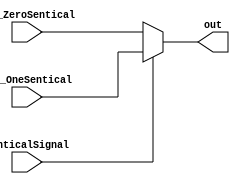
`timescale 1ns / 1ps
//////////////////////////////////////////////////////////////////////////////////
// Company: sharif University
// 
// Design Name: 	 pipe_line_project.
// Module Name:    Mux2_1
// Project Name:   phase3
// Target Devices: 
// Tool versions: 
// Description: 
//
// Dependencies: 
//
// Revision: 
// Revision 0.01 - File Created
// Additional Comments: 
//
//////////////////////////////////////////////////////////////////////////////////
module Mux2_1 #(parameter WIDTH = 8)
(input  [WIDTH-1:0] inp_ZeroSentical, inp_OneSentical, input senticalSignal, output [WIDTH-1:0] out);
assign out = senticalSignal ? inp_OneSentical : inp_ZeroSentical; 
endmodule